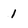
Character: 1